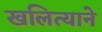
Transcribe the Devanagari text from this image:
खलित्याने